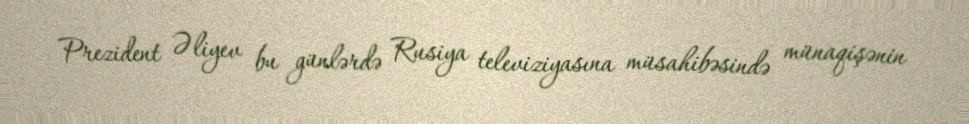
Prezident Əliyev bu günlərdə Rusiya televiziyasına müsahibəsində münaqişənin